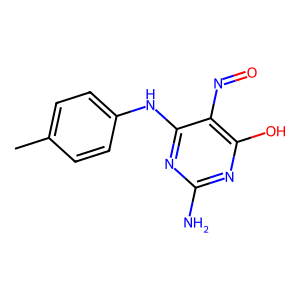
SMILES: Cc1ccc(Nc2nc(N)nc(O)c2N=O)cc1
Inhibits HIV replication: No